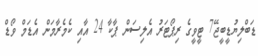
ޑަބްލިޔުޑީބީޖޭ7 ޓީވީގެ ރިޕޯޓަރު އެލިސަން ޕާކާ 24 އާއި ކެމެރާމަން އެޑަމް ވޯޑް